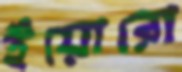
ইয়োরো